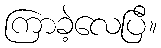
ကြာခဲ့လေပြီ။